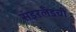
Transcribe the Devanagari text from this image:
संडरलँडची